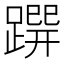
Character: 𨃿